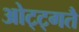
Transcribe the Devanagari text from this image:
ओट्ट्गतै